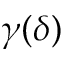
\gamma ( \delta )